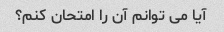
آیا می توانم آن را امتحان کنم؟